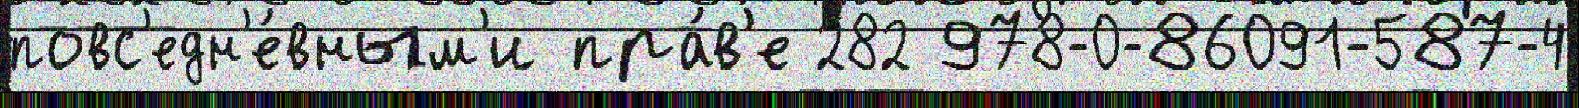
повс'едн'е́вным'и пра́в'е 282 978-0-86091-587-4